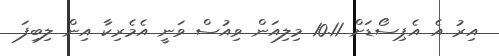
އިރު އެ އެޕިސޯޑަށް 10.11 މިލިއަން ވިއުސް ވަނީ އެމެރިކާ އިން ލިބިފަ